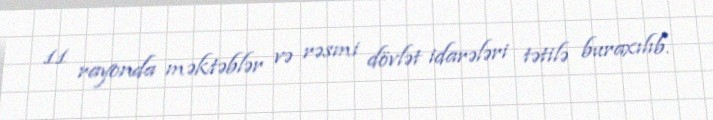
11 rayonda məktəblər və rəsmi dövlət idarələri tətilə buraxılıb.